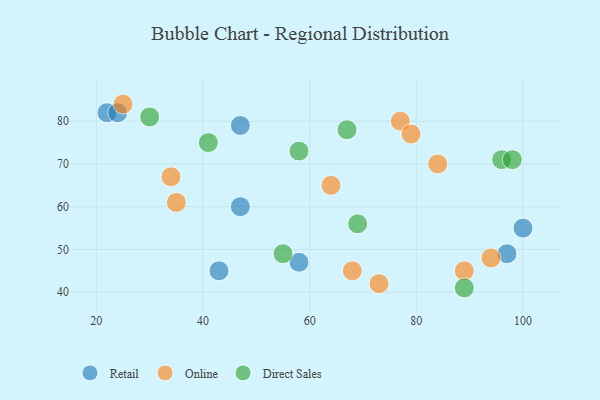
{"axis": {"x": "GDP", "y": "Life Expectancy"}, "legend": ["Direct Sales", "Online", "Retail"], "data": [{"x": "58", "y": 47, "type": "Retail"}, {"x": "97", "y": 49, "type": "Retail"}, {"x": "22", "y": 82, "type": "Retail"}, {"x": "43", "y": 45, "type": "Retail"}, {"x": "100", "y": 55, "type": "Retail"}, {"x": "47", "y": 60, "type": "Retail"}, {"x": "24", "y": 82, "type": "Retail"}, {"x": "47", "y": 79, "type": "Retail"}, {"x": "73", "y": 42, "type": "Online"}, {"x": "34", "y": 67, "type": "Online"}, {"x": "84", "y": 70, "type": "Online"}, {"x": "77", "y": 80, "type": "Online"}, {"x": "64", "y": 65, "type": "Online"}, {"x": "35", "y": 61, "type": "Online"}, {"x": "79", "y": 77, "type": "Online"}, {"x": "68", "y": 45, "type": "Online"}, {"x": "94", "y": 48, "type": "Online"}, {"x": "89", "y": 45, "type": "Online"}, {"x": "25", "y": 84, "type": "Online"}, {"x": "41", "y": 75, "type": "Direct Sales"}, {"x": "96", "y": 71, "type": "Direct Sales"}, {"x": "98", "y": 71, "type": "Direct Sales"}, {"x": "55", "y": 49, "type": "Direct Sales"}, {"x": "58", "y": 73, "type": "Direct Sales"}, {"x": "89", "y": 41, "type": "Direct Sales"}, {"x": "30", "y": 81, "type": "Direct Sales"}, {"x": "67", "y": 78, "type": "Direct Sales"}, {"x": "69", "y": 56, "type": "Direct Sales"}]}